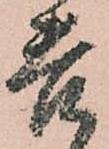
苦